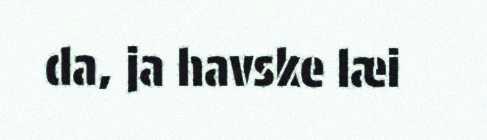
da, ja havske læi